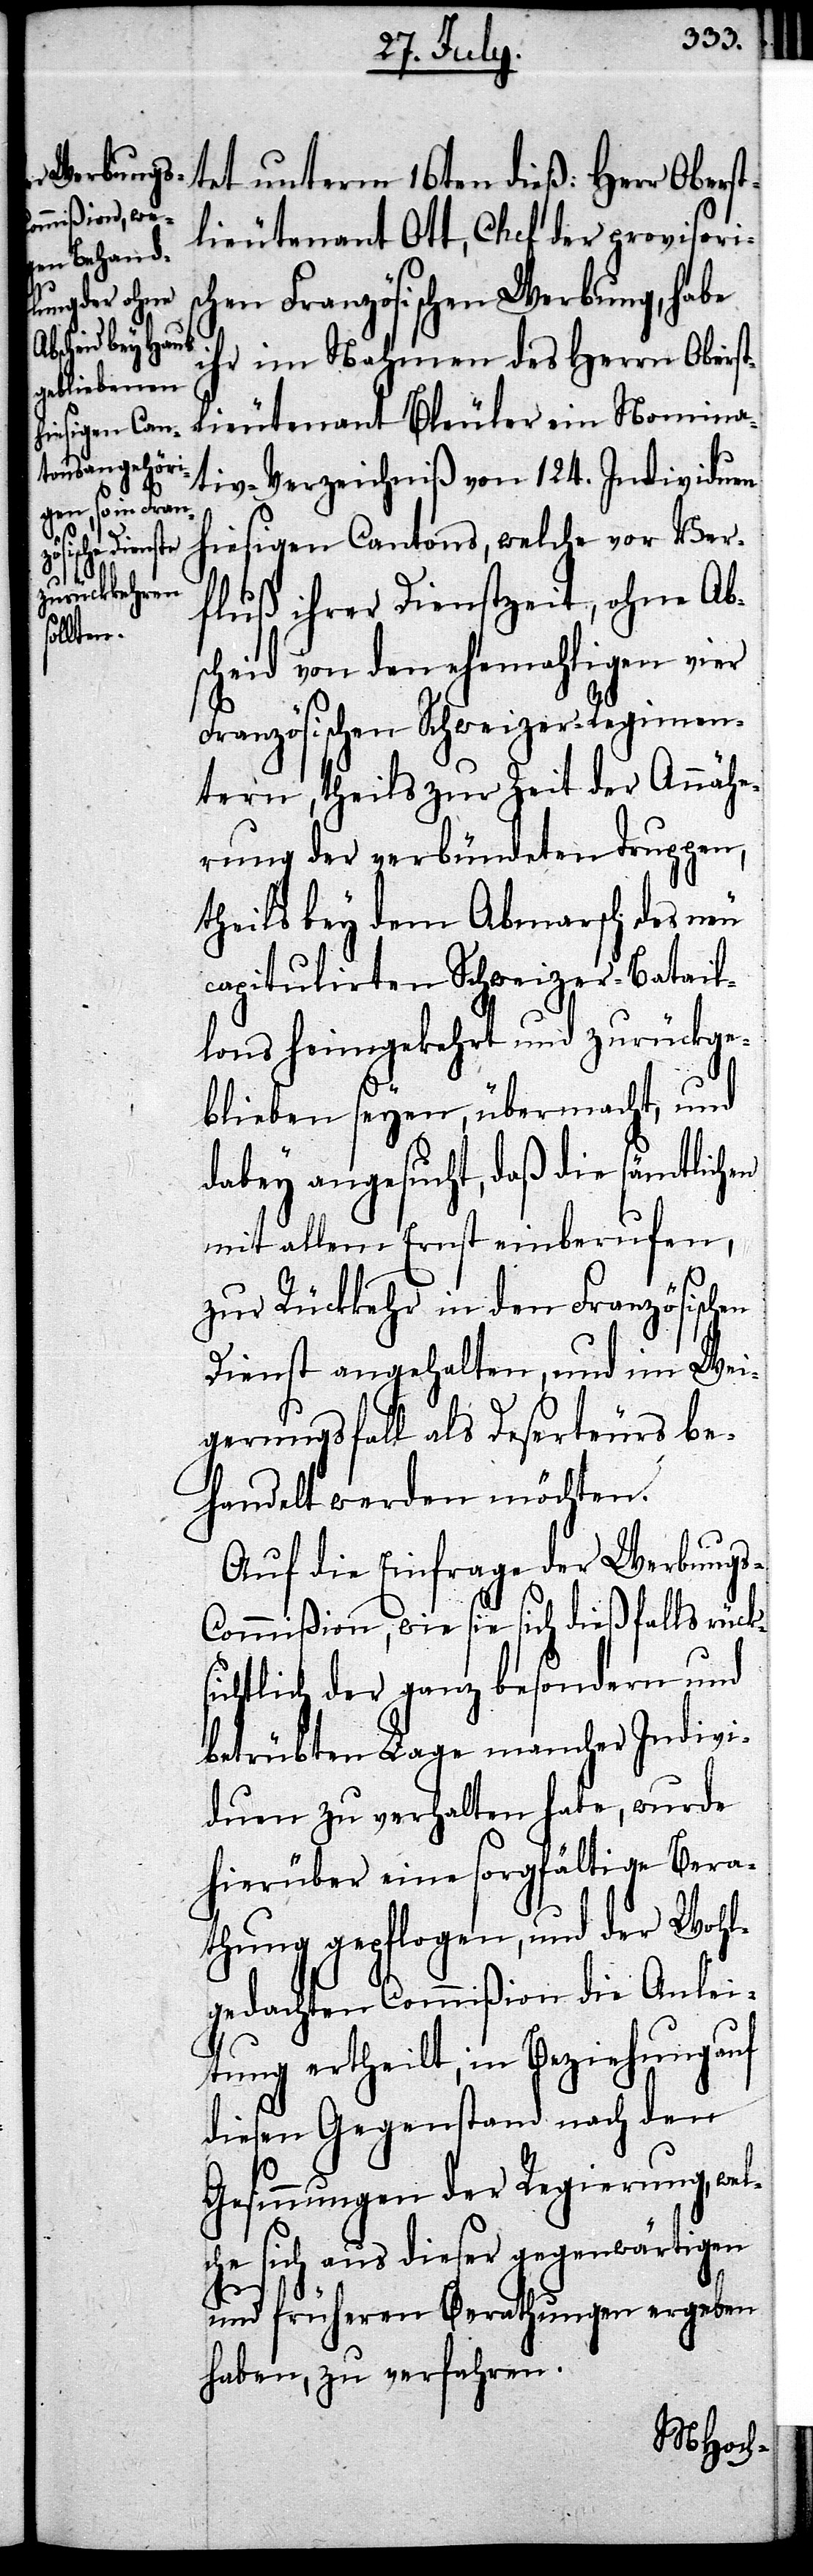
tet unterm 16ten dieß: Herr Oberst¬
lieutenant Ott, Chef der provisoris¬
chen Französischen Werbung, habe
ihr im Nahmen des Herrn Oberst¬
lieutenant Bleuler ein Nomina¬
tiv-Verzeichniß von 124. Individuen
hiesigen Cantons, welche vor Ver¬
fluß ihrer Dienstzeit, ohne Ab¬
scheid von den ehemahligen vier
Französischen Schweizer-Regimen¬
tern, theils zur Zeit der Annähe¬
rung der verbündeten Truppen,
theils bey dem Abmarsch des neu
capitulirten Schweizer-Batail¬
lons heimgekehrt und zurückge¬
blieben seyen, übermacht, und
dabey angesucht, daß die sämtlichen
mit allem Ernst einberufen,
zur Rückkehr in den Französischen
Dienst angehalten, und im Wei¬
gerungsfall als Deserteurs be¬
handelt werden möchten.
Auf die Einfrage der Werbungs-C¬
ommißion, wie sie sich dießfalls rück¬
sichtlich der ganz besondern und
betrübten Lage mancher Indivi¬
duen zu verhalten habe, wurde
hierüber eine sorgfältige Bera¬
thung gepflogen, und der Wohl¬
gedachten Commißion die Anlei¬
tung ertheilt, in Beziehung auf
diesen Gegenstand nach den
Gesinnungen der Regierung, wel¬
che sich aus dieser gegenwärtigen
und früheren Berathung ergeben
habe, zu verfahren.